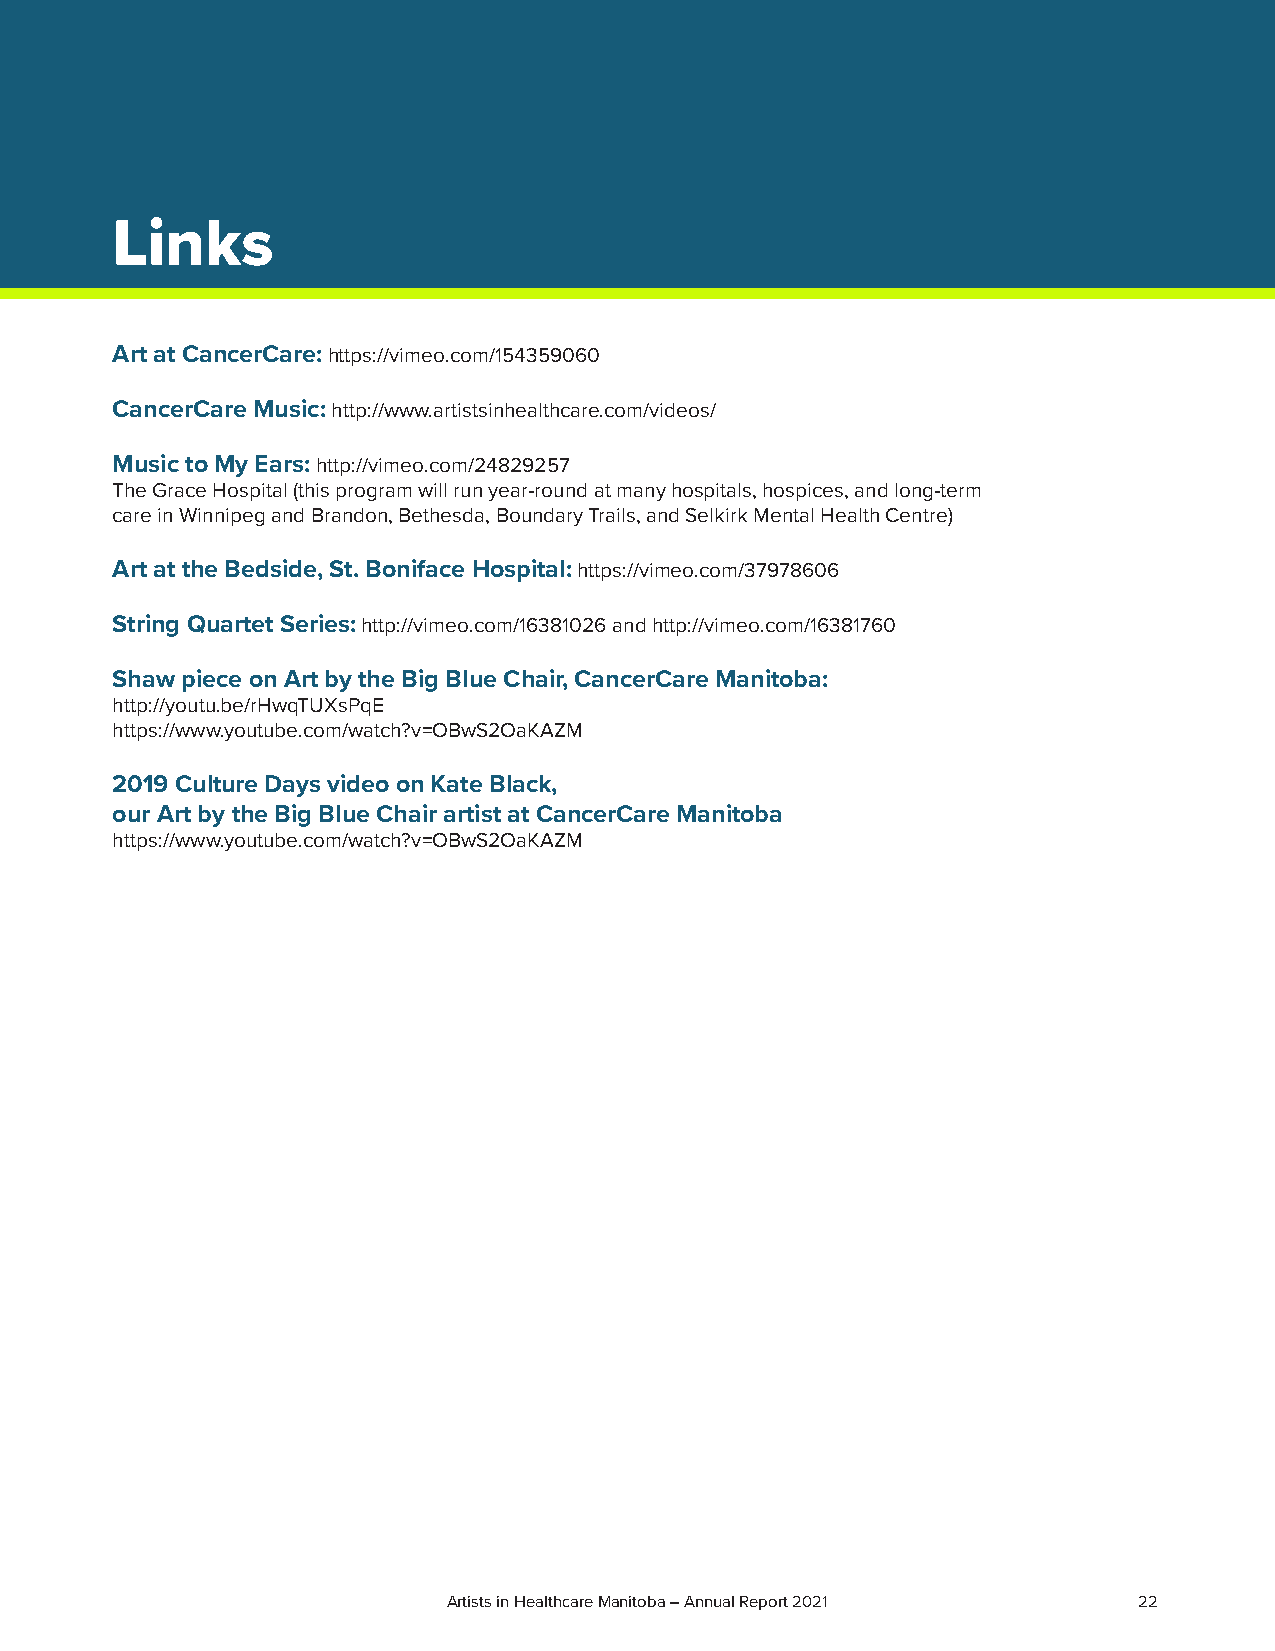
Links
 Art at CancerCare: https://vimeo.com/154359060
 CancerCare Music: http://www.artistsinhealthcare.com/videos/
 Music to My Ears: http://vimeo.com/24829257
 The Grace Hospital (this program will run year-round at many hospitals, hospices, and long-term
 care in Winnipeg and Brandon, Bethesda, Boundary Trails, and Selkirk Mental Health Centre)
 Art at the Bedside, St. Boniface Hospital: https://vimeo.com/37978606
 String Quartet Series: http://vimeo.com/16381026 and http://vimeo.com/16381760
 Shaw piece on Art by the Big Blue Chair, CancerCare Manitoba:
 http://youtu.be/rHwqTUXsPqE
 https://www.youtube.com/watch?v=OBwS2OaKAZM
 2019 Culture Days video on Kate Black,
 our Art by the Big Blue Chair artist at CancerCare Manitoba
 https://www.youtube.com/watch?v=OBwS2OaKAZM
 Artists in Healthcare Manitoba – Annual Report 2021 22